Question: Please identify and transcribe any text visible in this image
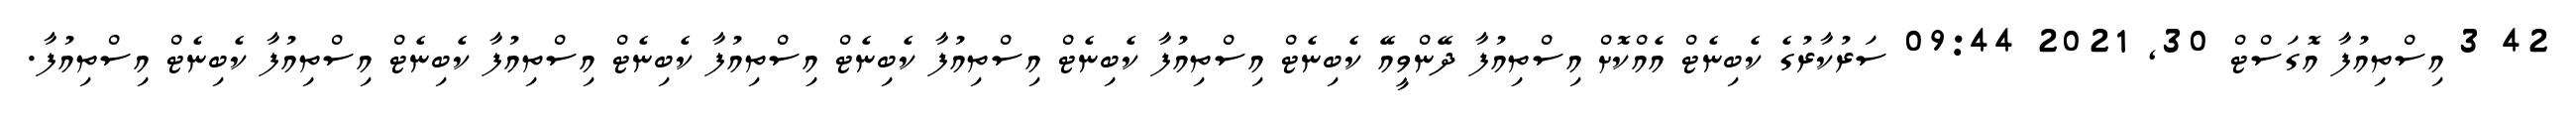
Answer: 42 3 އިސްތިއުފާ އޮގަސްޓް 30, 2021 09:44 ސަރުކާރުގެ ކެބިނެޓް އެއްކޮށް އިސްތިއުފާ ދޭންވީއޭ ކެބިނެޓް އިސްތިއުފާ ކެބިނެޓް އިސްތިއުފާ ކެބިނެޓް އިސްތިއުފާ ކެބިނެޓް އިސްތިއުފާ ކެބިނެޓް އިސްތިއުފާ ކެބިނެޓް އިސްތިއުފާ.